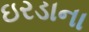
ઇરડાના